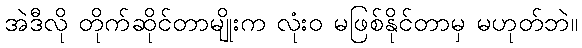
အဲဒီလို တိုက်ဆိုင်တာမျိုးက လုံးဝ မဖြစ်နိုင်တာမှ မဟုတ်ဘဲ။